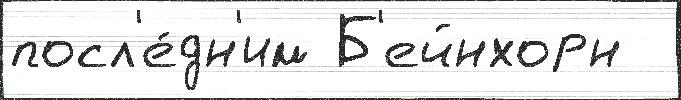
посл'е́дн'им Б'ейнхорн